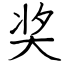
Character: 奖